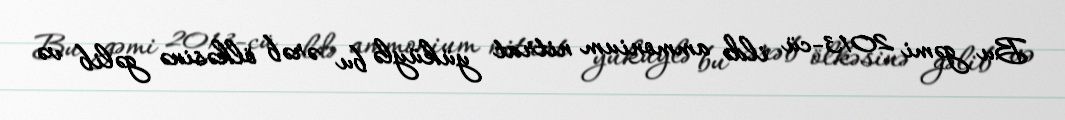
Bu gəmi 2013-cü ildə ammonium nitrat yüküylə bu ərəb ölkəsinə gəlib və